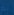
لم